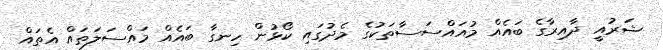
ޝަރުއީ ދާއިރާގެ ބައެއް މުއައްސަސާތަކުގެ މެދުގައި ކޯޅުން ހިނގާ ބައެއް މައްސަލަތައް އެތައް